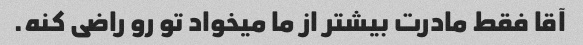
آقا فقط مادرت بیشتر از ما میخواد تو رو راضی کنه.